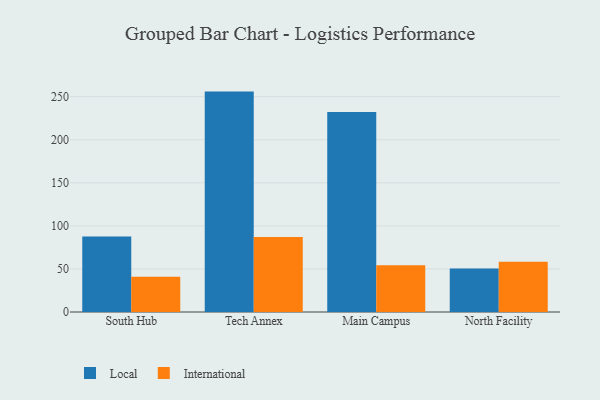
{"axis": {"x": "Campus", "y": "Production Output"}, "legend": ["International", "Local"], "data": [{"x": "South Hub", "y": 87.8, "type": "Local"}, {"x": "South Hub", "y": 40.9, "type": "International"}, {"x": "Tech Annex", "y": 255.9, "type": "Local"}, {"x": "Tech Annex", "y": 87.0, "type": "International"}, {"x": "Main Campus", "y": 232.2, "type": "Local"}, {"x": "Main Campus", "y": 54.3, "type": "International"}, {"x": "North Facility", "y": 50.4, "type": "Local"}, {"x": "North Facility", "y": 58.3, "type": "International"}]}